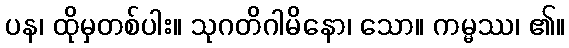
ပန၊ ထိုမှတစ်ပါး။ သုဂတိဂါမိနော၊ သော။ ကမ္မဿ၊ ၏။